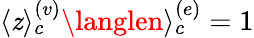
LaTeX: \langle\mathit{z}\rangle_{c}^{(v)}\langlen\rangle_{c}^{(e)}=1